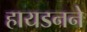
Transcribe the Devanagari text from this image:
हायडनने